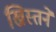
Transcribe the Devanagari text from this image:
ख्रिस्तने